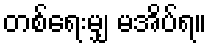
တစ်ရေးမျှ မအိပ်ရ။